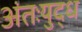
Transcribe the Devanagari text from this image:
अंतःयुद्ध